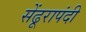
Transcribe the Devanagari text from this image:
सेंढूरापंदी